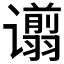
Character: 𫍿